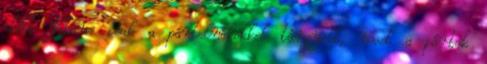
előtt Klaus csak a pártelnökökkel tárgyalt, most a pártok